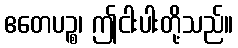
ဧတေပဉ္စ၊ ဤငါးပါးတို့သည်။